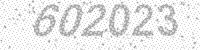
Solution: 602023